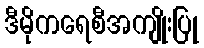
ဒီမိုကရေစီအကျိုးပြု